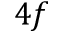
4 f